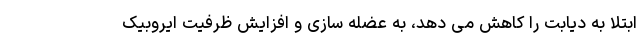
ابتلا به دیابت را کاهش می دهد، به عضله سازی و افزایش ظرفیت ایروبیک